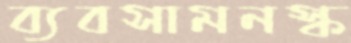
ব্যবসামনস্ক